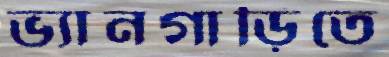
ভ্যানগাড়িতে